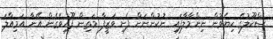
ސްކޫލުގެ ކިޔެވުން ނިންމާލާފައި ނުކުންނަން ފެށި ވަޒީފާ މަތިން ފޫހިވެގެން އޭނާ އަމިއްލަ